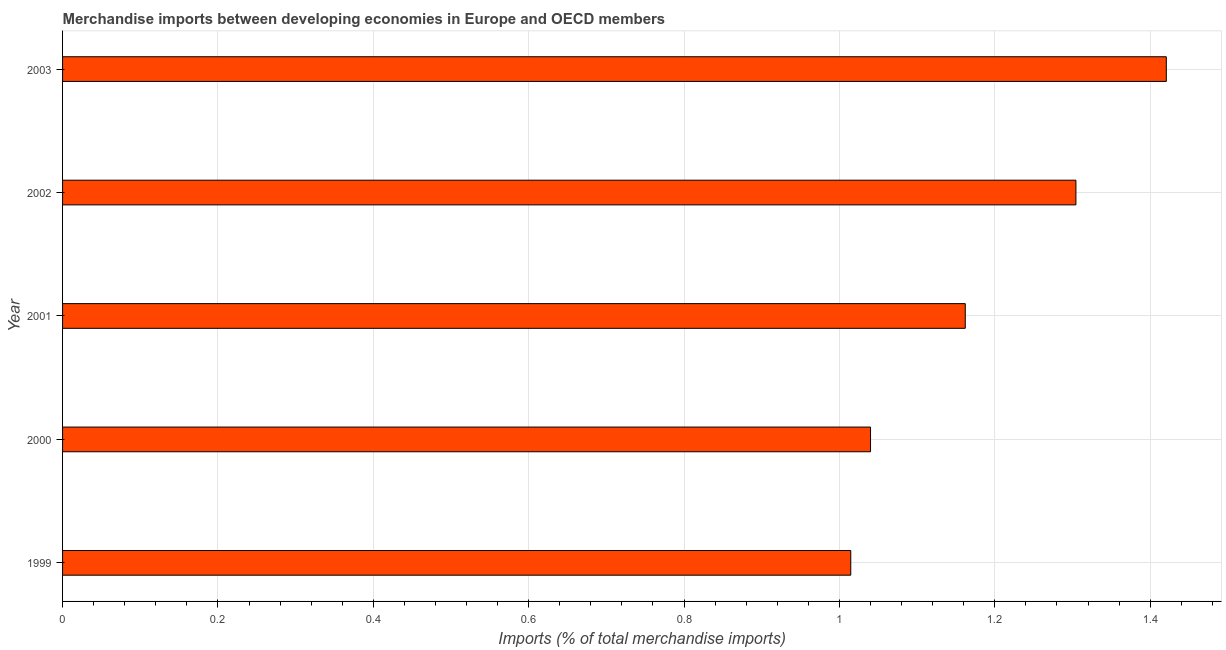
| Year | Merchandise imports |
 | --- | --- |
 | 1999 | 1.01 |
 | 2000 | 1.04 |
 | 2001 | 1.16 |
 | 2002 | 1.3 |
 | 2003 | 1.42 |